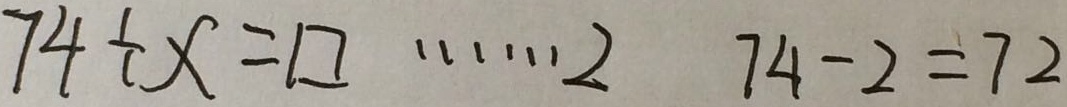
7 4 \div x = \square \cdots 2 7 4 - 2 = 7 2